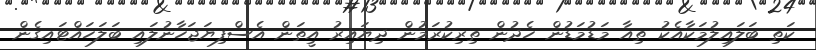
ކަތި ބަލައިލުމަކާއެކު ތިއާ މަޑުމަޑުން ހެދުން ތިރިކުރަމުން ދިޔައިރު އީތަން އެސްފިޔަޖަހާނުލައި ބަލަހައްޓައިގެން